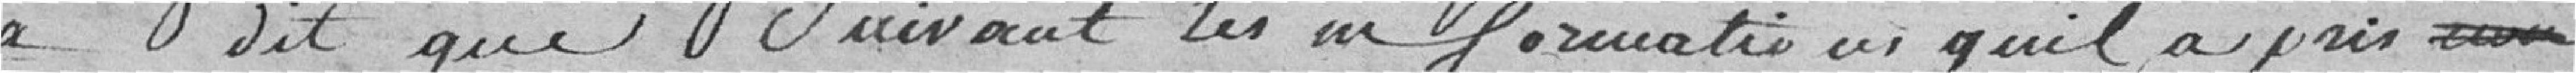
a dit que Suivant les informations qu'il a prés